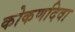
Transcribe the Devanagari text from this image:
कोकणदिवा